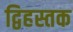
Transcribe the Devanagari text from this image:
द्विहस्तक